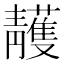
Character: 䨼